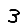
Digit: 3